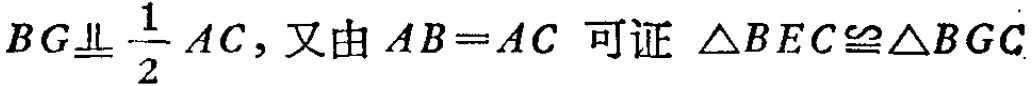
$BG\underline{\underline{\parallel}} \frac{1}{2}AC,又由AB = AC可证\triangle BEC\cong\triangle BGC$